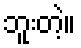
ဘူးတဲ့။